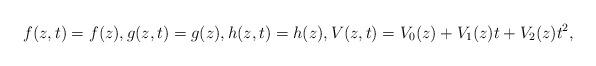
LaTeX: \begin{align*}f(z,t)=f(z), g(z,t)=g(z),h(z,t)=h(z),V(z,t)=V_0(z)+V_1(z)t+V_2(z)t^2,\end{align*}